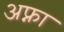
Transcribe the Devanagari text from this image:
अफ्ना